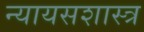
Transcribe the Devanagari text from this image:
न्यायसशास्त्र